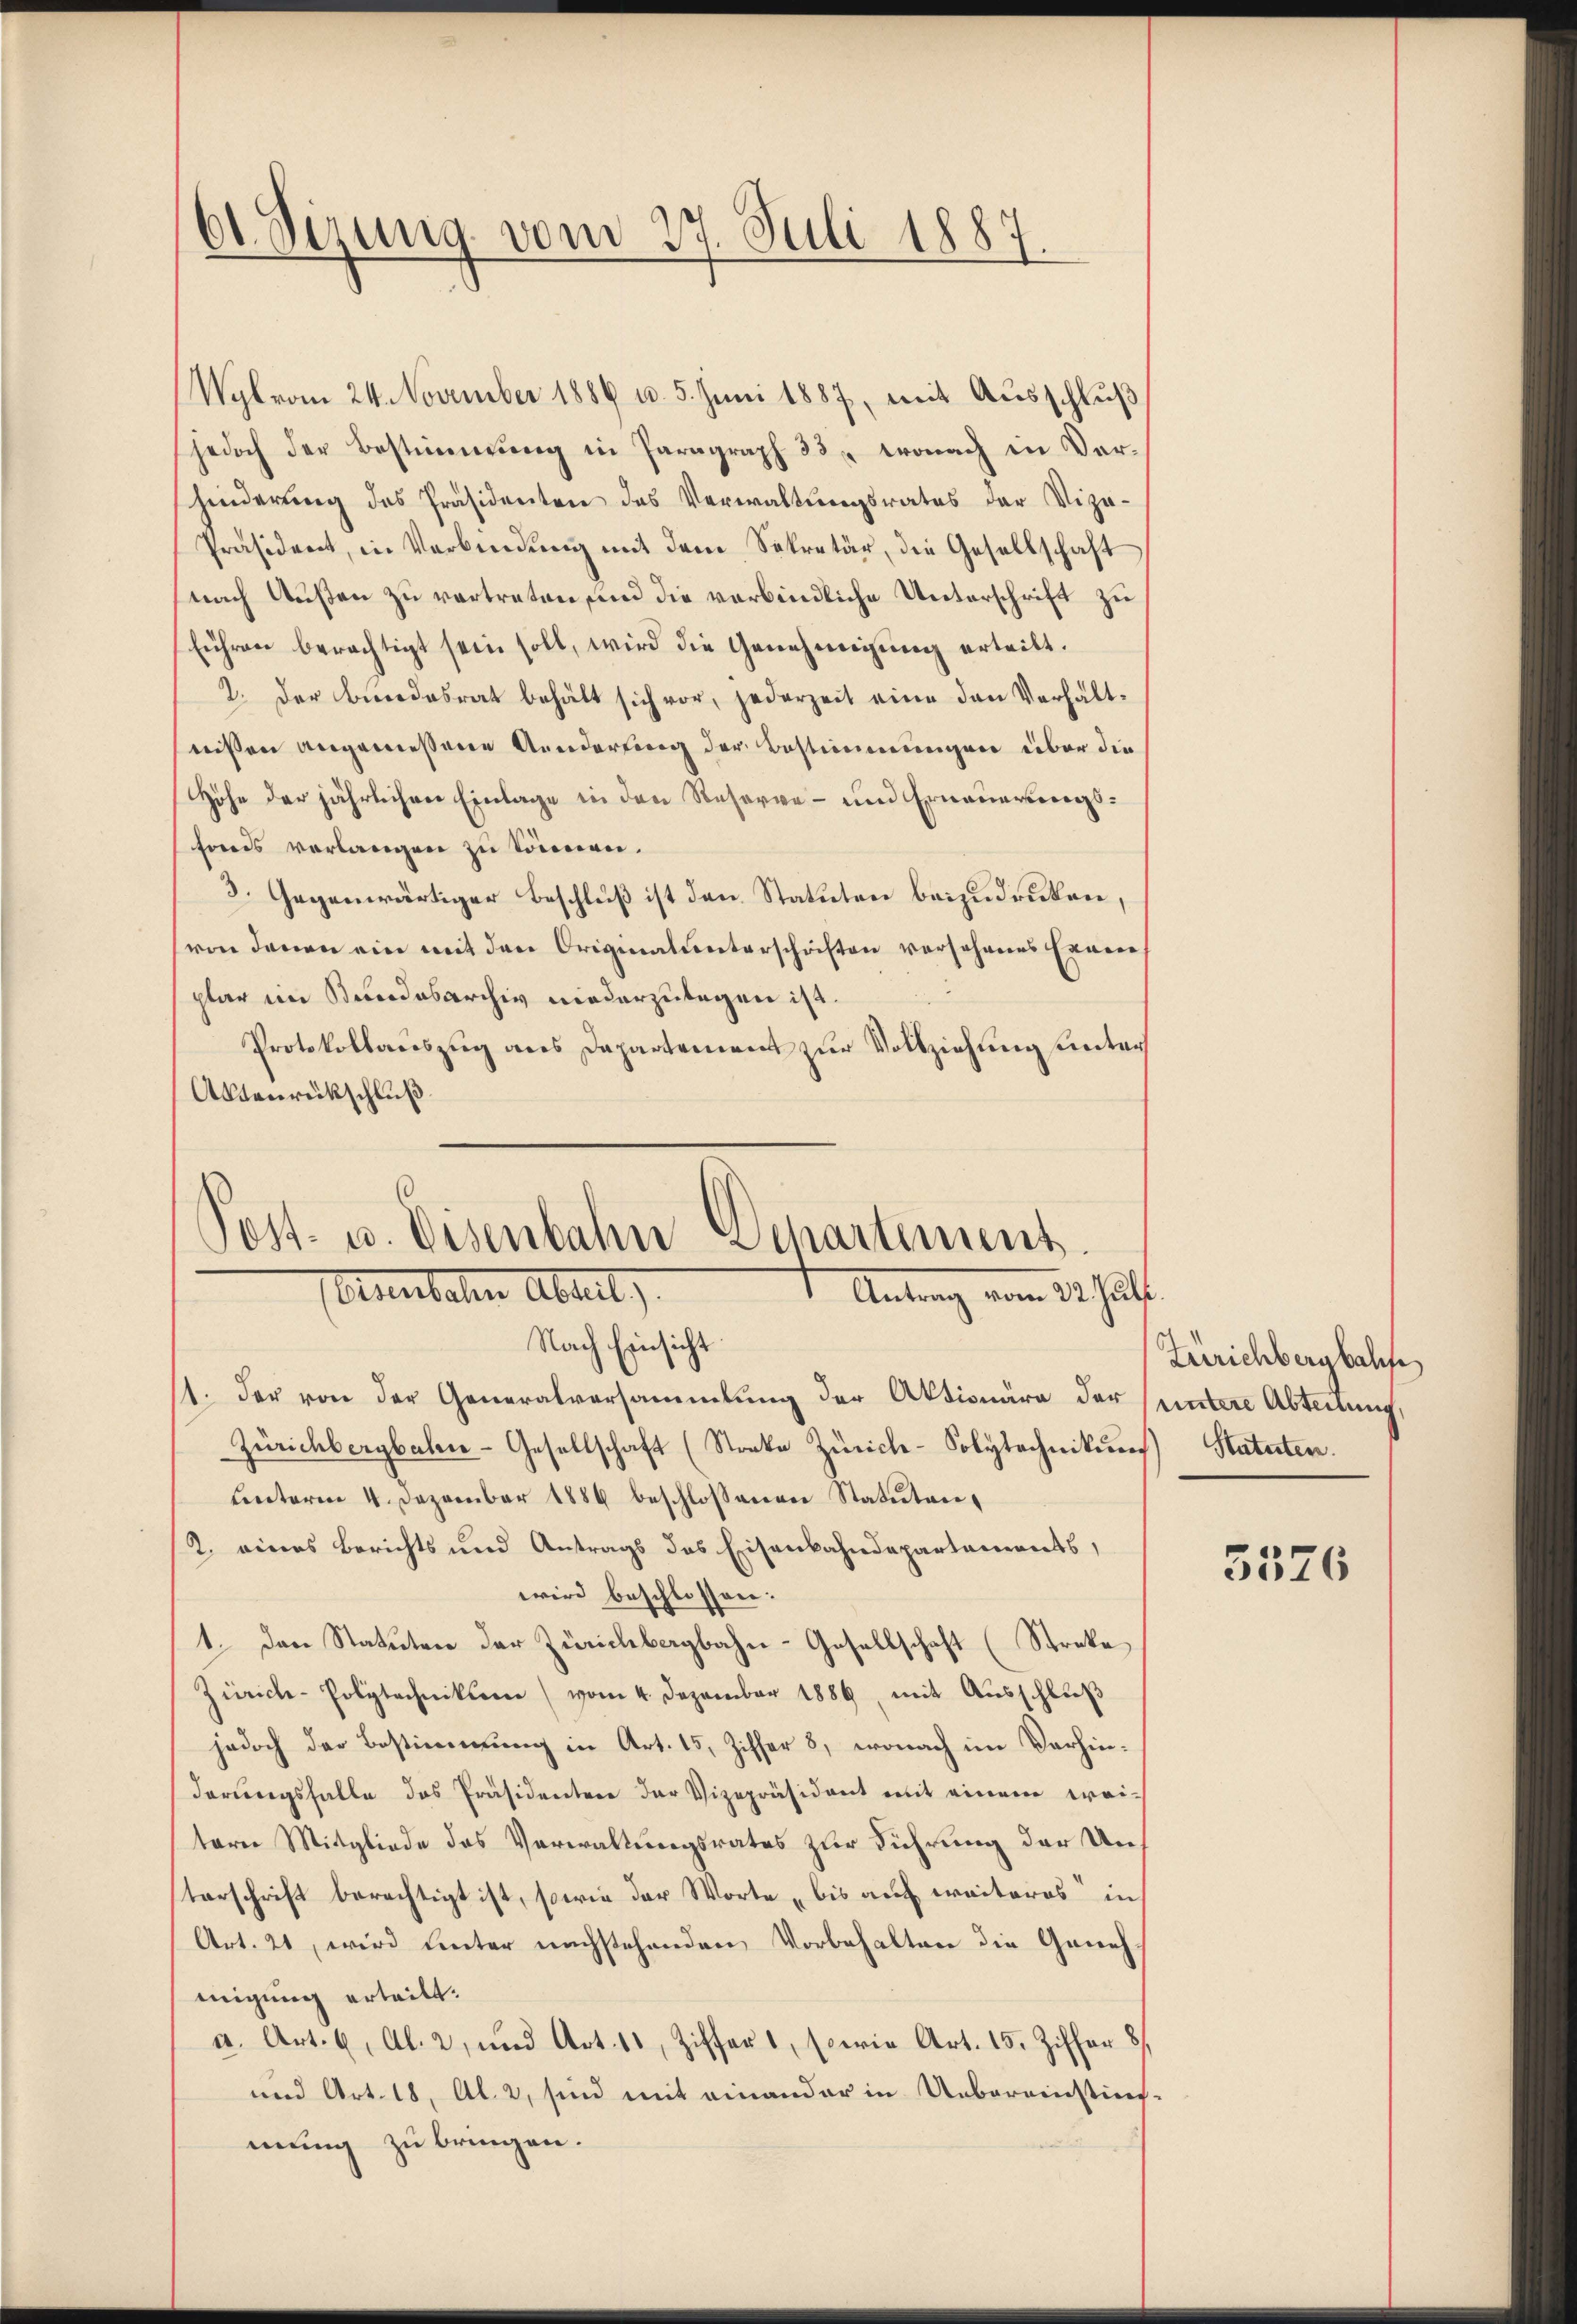
61. Sizung vom 27. Juli 1887.

Wylvom 24. November 1886 u. 5. Juni 1887, mit Ausschluß
jedoch der Bestimmung in Paragraph 33. wonach in Ver-
hinderung des Präsidenten das Verwaltungsrates der Vize-
Präsident, in Verbindŭng mit dem Sekretär, die Gesellschaft
nach Außen zu vertreten, und die verbindliche Unterschrift zu
führen berechtigt sein soll, wird die Genehmigung erteilt.
2. Der Bundesrat behält sich vor, jederzeit eine den Verhält-
wissen angemessene Anderung der Bestimmungen über die
Höhe der jährlichen Einlage in den Reserve - und Erneuerungsfonds verlangen zu können.
3. Gegenwärtiger Beschluß ist den Statuten beizudrucken,
(von denen ein mit den Originalunterschaften versehenes Exam
plar im Stundesarchiv niederzulegen ist.
Protokollauszug aus Dapartement zur Vollziehung unter
Absenrückschluß

Post- u. Disenbahn Departement
tanlehen Abreit,
Antrag vom 2. Just
Nach Einsicht

1. Der von der Generalversammlung der Aktionäre der (untere Abteilung
Zürichbergbalen-Gesellschaft (Stocke Zürich-Solytechnikums Statuten.
Lnterm 4. Dezember 1886 beschlossenen Statuten¬
2. eines Berichts und Antrags des Eisenbahndepartements,
wird beschlossen:
1. Den Statuten der Zürichbergbahn-Gesellschaft (Streke
Zürich-Polytechniker (vom 4. Dezember 1886, mit Ausschluß
jedoch der Bestimmung in Art. 15, Ziffer 8, wonach im Verhinderungsfalle das Präsidenten der Vizepräsident mit einem weiteren Mitgliede des Verwaltungsrates zur Führung der Unterschrift berechtigt ist, sowie der Worte bis auf weiteres in
Art. 21, wird unter nachstehenden Vorbehalten die Genehmigung erteilt.
a. Art. 6, Al. 2, und Art. 11, Ziffers, sowie Art. 15. Ziffer 8
und Art. 18, Al. 2, sind mit einander in Uebereinstif-
mung zu bringen.

Zürichbergbahfe

3576